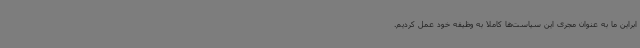
ابراین ما به عنوان مجری این سیاست‌ها کاملا به وظیفه خود عمل کردیم.